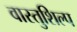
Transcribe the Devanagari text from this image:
वास्‍तुशिल्प